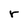
Character: r